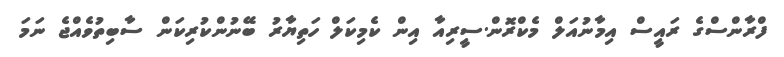
ފްރާންސްގެ ރައީސް އިމާނުއަލް މެކްރޮން.ސީރިއާ އިން ކެމިކަލް ހަތިޔާރު ބޭނުންކުރިކަން ސާބިތުވެއްޖެ ނަމަ